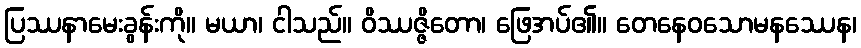
ပြဿနာမေးခွန်းကို။ မယာ၊ ငါသည်။ ဝိဿဇ္ဇိတော၊ ဖြေအပ်၏။ တေနေဝသောမနဿေန၊